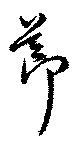
節